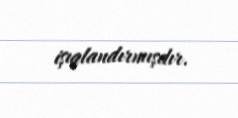
işıqlandırmışdır.